Indian Medical Review
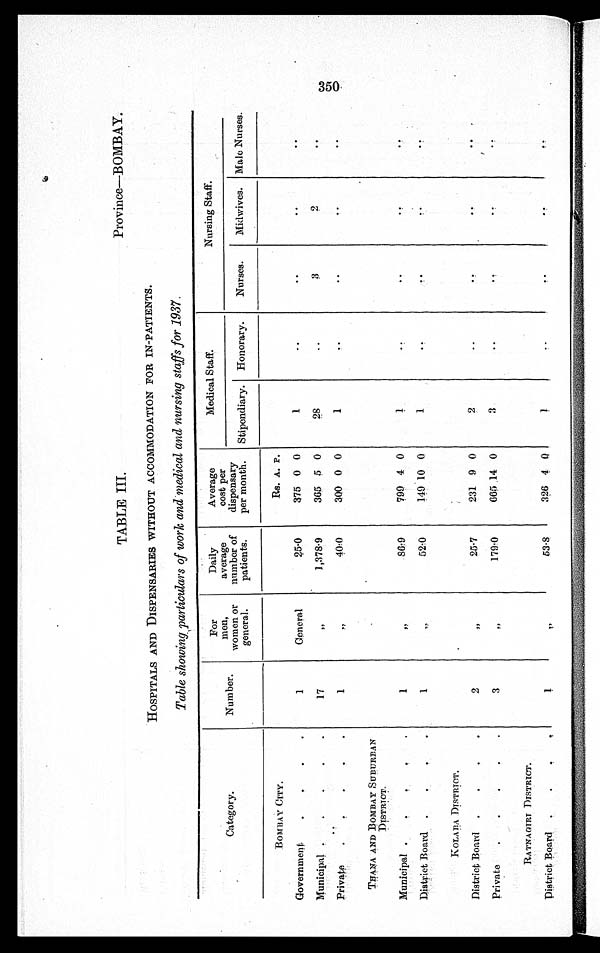
TABLE III.
Province—BOMBAY.
HOSPITALS AND DISPENSARIES WITHOUT ACCOMMODATION FOR IN-PATIENTS.
Table showing particulars of work and medical and nursing staffs for 1937.
Category.
Number.
For
men,
women or
general.
Daily
average
number of
patients.
Average
cost per
dispensary
per month.
Medical Staff.
Nursing Staff.
Stipendiary.
Honorary.
Nurses.
Midwives.
Male Nurses.
BOMBAY CITY.
Rs. A. P.
Government
1
General
25·0
375 0 0
1
..
..
..
..
Municipal
17
,,
1 ,378·9
365 5
0
28
..
3
2
..
Private
1
, ,
40·0
300 0 0
1
..
. .
. .
..
THANA AND BOMBAY SUBURBAN
DISTRICT.
Municipal
1
, ,
86·9
799 4 0
1
..
. .
. .
..
District Board
1
, ,
52·0
149 10 0
1
..
. .
. .
..
KOLABA DISTRICT.
District Board
2
, ,
25·7
231 9 0
2
..
. .
. .
..
Private
3
, ,
179·0
665 14 0
3
..
. .
. .
..
RATNAGIRI DISTRICT.
District Board
1
, ,
53·8
326 4
0
1 ..
. .
. .
..